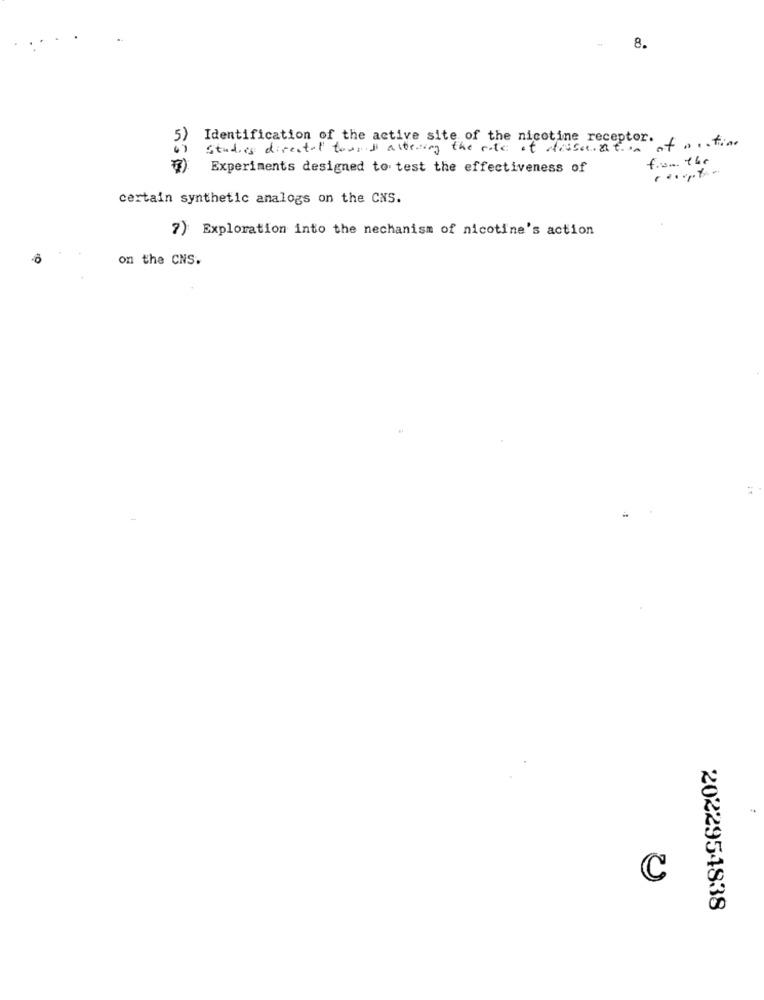
8.
5)
Studies directed tound altering the rate of dissertation
Identification of the active site of the nicotine receptor. f . f ...
from the
Experiments designed to test the effectiveness of
certain synthetic analogs on the CNS.
7) Exploration into the mechanism of nicotine's action
on the CNS.
C
2022954838